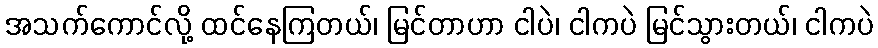
အသက်ကောင်လို့ ထင်နေကြတယ်၊ မြင်တာဟာ ငါပဲ၊ ငါကပဲ မြင်သွားတယ်၊ ငါကပဲ